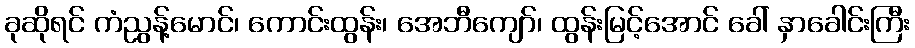
ခုဆိုရင် ကံညွန့်မောင်၊ ကောင်းထွန်း၊ အေဘီကျော်၊ ထွန်းမြင့်အောင် ခေါ် နှာခေါင်းကြီး